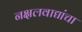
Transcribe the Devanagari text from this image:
नक्षलवाद्यांचा